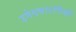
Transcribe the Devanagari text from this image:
उमेदवारांपैकी